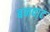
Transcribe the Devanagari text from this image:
बनवाट